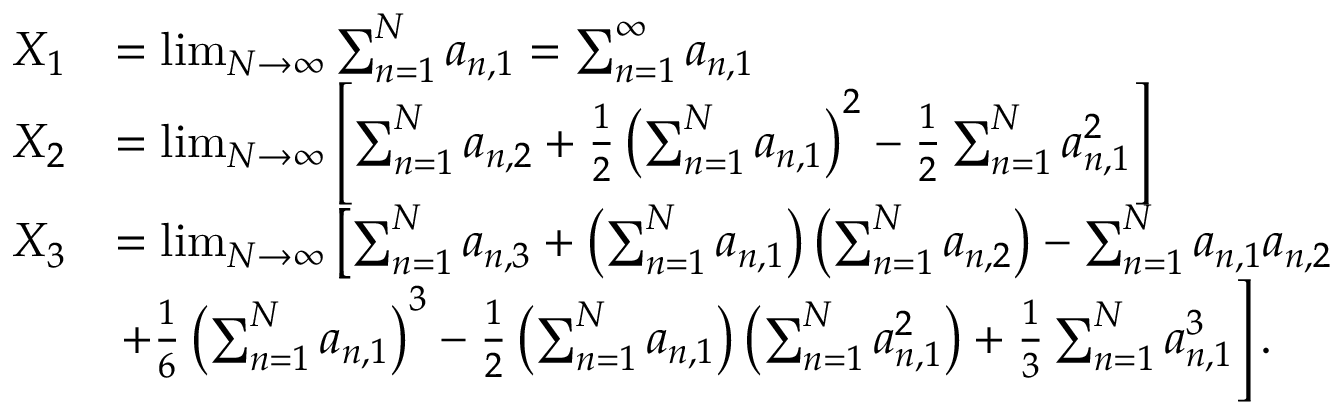
\begin{array} { r l } { X _ { 1 } } & { = \operatorname* { l i m } _ { N \to \infty } \sum _ { n = 1 } ^ { N } a _ { n , 1 } = \sum _ { n = 1 } ^ { \infty } a _ { n , 1 } } \\ { X _ { 2 } } & { = \operatorname* { l i m } _ { N \to \infty } \left[ \sum _ { n = 1 } ^ { N } a _ { n , 2 } + \frac { 1 } { 2 } \left( \sum _ { n = 1 } ^ { N } a _ { n , 1 } \right) ^ { 2 } - \frac { 1 } { 2 } \sum _ { n = 1 } ^ { N } a _ { n , 1 } ^ { 2 } \right] } \\ { X _ { 3 } } & { = \operatorname* { l i m } _ { N \to \infty } \left[ \sum _ { n = 1 } ^ { N } a _ { n , 3 } + \left( \sum _ { n = 1 } ^ { N } a _ { n , 1 } \right) \left( \sum _ { n = 1 } ^ { N } a _ { n , 2 } \right) - \sum _ { n = 1 } ^ { N } a _ { n , 1 } a _ { n , 2 } \right. } \\ & { \left. + \frac { 1 } { 6 } \left( \sum _ { n = 1 } ^ { N } a _ { n , 1 } \right) ^ { 3 } - \frac { 1 } { 2 } \left( \sum _ { n = 1 } ^ { N } a _ { n , 1 } \right) \left( \sum _ { n = 1 } ^ { N } a _ { n , 1 } ^ { 2 } \right) + \frac { 1 } { 3 } \sum _ { n = 1 } ^ { N } a _ { n , 1 } ^ { 3 } \right] . } \end{array}